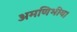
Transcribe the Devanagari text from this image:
अमणिभीय।